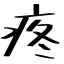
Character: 疼